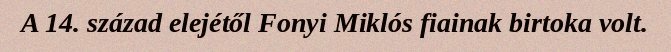
A 14. század elejétől Fonyi Miklós fiainak birtoka volt.